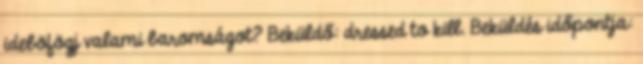
ideböfögj valami baromságot? Beküldő: dressed to kill. Beküldés időpontja: